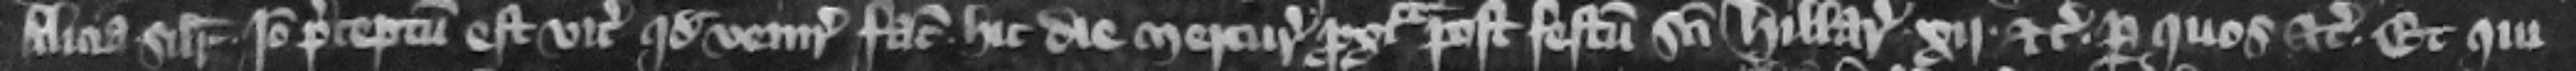
Alicia similiter. Ideo preceptum est vicecomiti quod venire faciat hic die Mercurii proxima post festum Sancti Hillarii . xij. per quos etc. Et qui